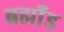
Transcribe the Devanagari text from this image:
ब्रह्माँड